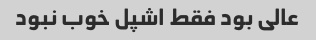
عالی بود فقط اشپل خوب نبود